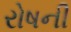
રોષની